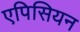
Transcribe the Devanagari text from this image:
एपिसियन